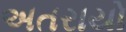
અતરાયો